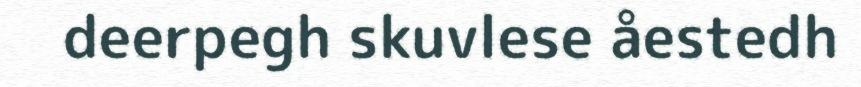
deerpegh skuvlese åestedh